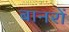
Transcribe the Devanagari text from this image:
बानरों